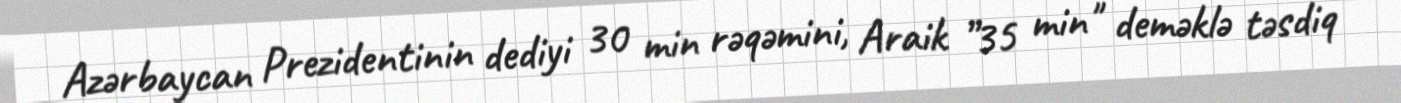
Azərbaycan Prezidentinin dediyi 30 min rəqəmini, Araik ”35 min" deməklə təsdiq